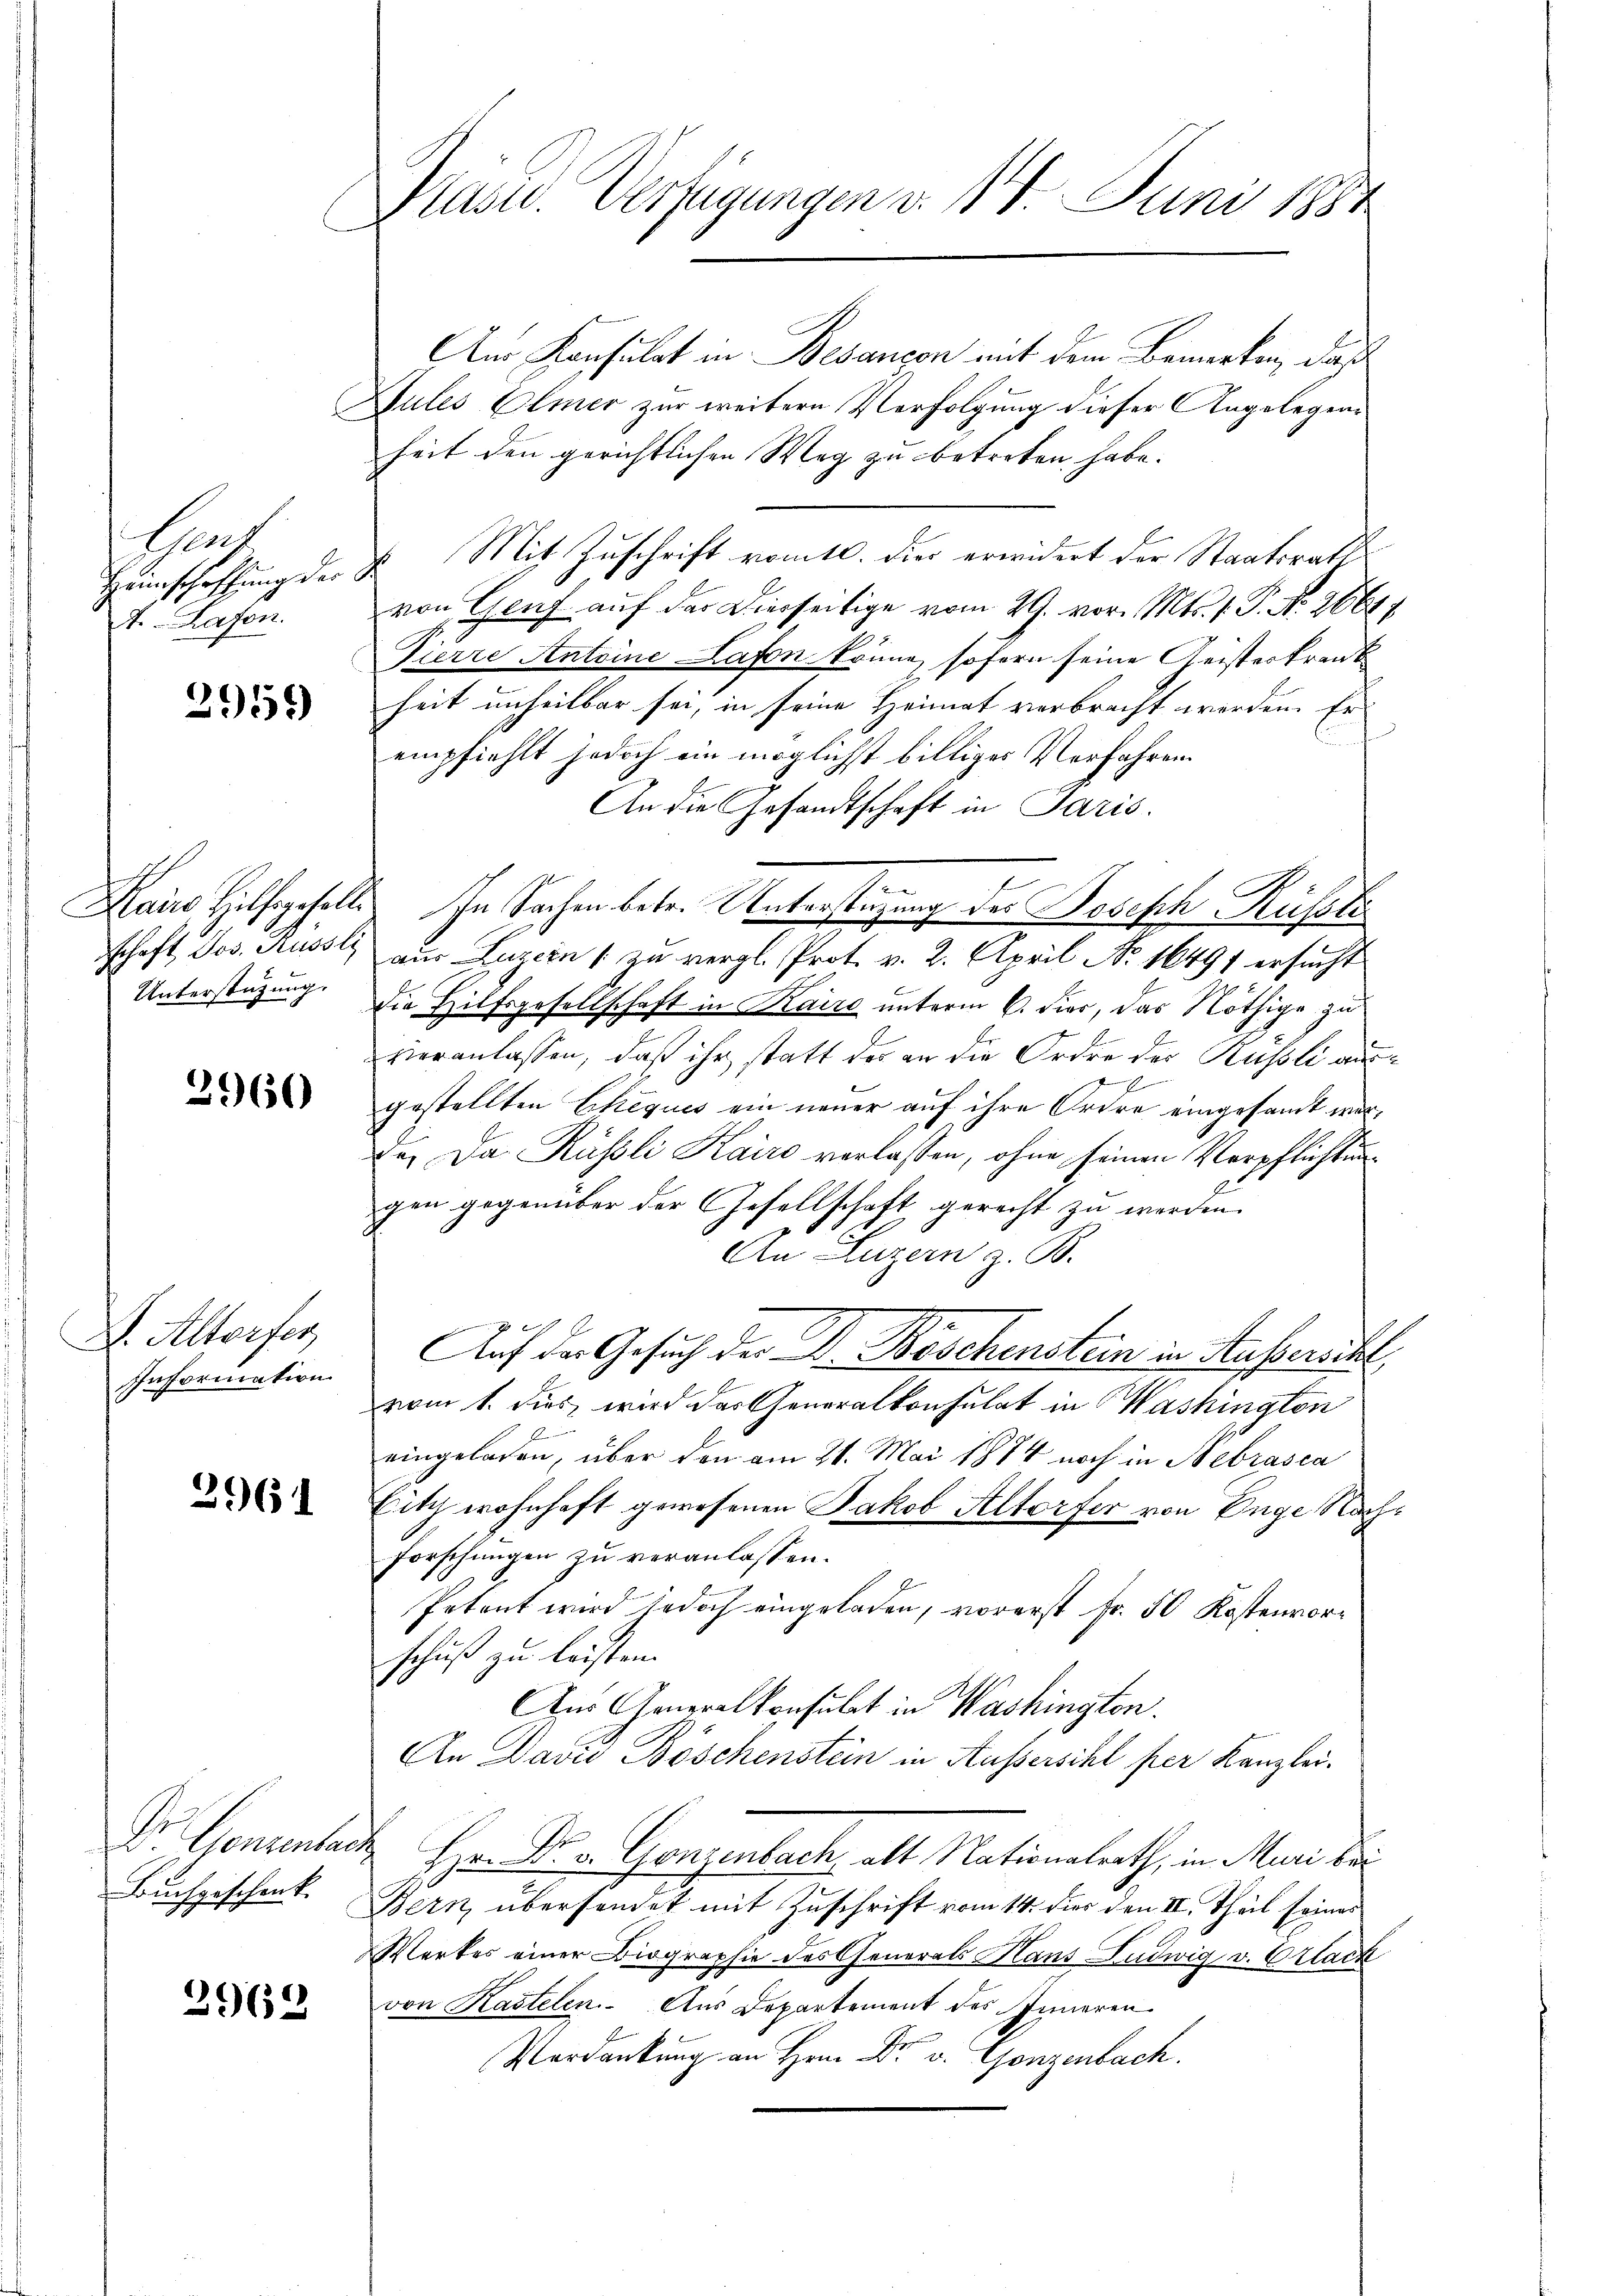
Ehet
. Hafen.

2959)

Unterstützung.

2960

S. Altorfer,
Information

2961

Dr. Gensentar
Buchgeschenk.

2962

Präsid. Verfügungen v. 14. Juni 1884

An Konsulat in Besançon mit dem Bemerken, daß
Gules Elmer zur weitern Verfolgung dieser Angelegens
heit den gerichtlichen Weg zu betreten habe.
Heimschaffung der E. Mit Zuschrift vomtl. dies erwidert der Staatsrath
von Genf auf der Dierseitige vom 29. vor. Mts. 1. P. Nr. 26644
Pierre Antoine Lafen könne, sofern seine Geisteskrank
heit unheilbar sei, in seine Heimat verbracht werden. Er
empfiehlt jedoch ein möglichst billiges Verfahren
An die Gesandtschaft in Paris.
Kairo Hilfsgeselle. In Sachen betr. Unterstüzung des Joseph Rüsste
Schaft Jos. Russl aus Luzern / zu vergl. Prot. v. 2. April No 16491 ersucht
die Hilfsgesellschaft in Kairo unterm 6. der, das Nöthige zu
vieranlassen, daß ihr statt der an die Ordre der Küssli ausgestellten Chiques ein neuer auf ihre Ordre eingesandt werde. Da Küssli Kairo verlassen, ohne seinen Verpflichtungen gegenüber der Gesellschaft gerecht zu werden.
An Luzern z. B.
Auf der Gesuch der Dr. Beschenstein in Ausserschl
vom 1. dies, wird das Generalkonsulat in Washington
eingeladen, über den am 21. Mai 1874 noch in Nebrasca
Citz wohnhaft gewesenen Jakob Altorfer von Enge Nach¬
Forschungen zu veranlassen.
Petent wird jedoch eingeladen, vorerst Fr. 50 Kostenvorschuß zu leisten.
Aus Generalkonsulat in Washingten.
An David Böschenstein in Aussersihl per Kanzlei-
Hr. Dr. v. Gonzenbach, alt Nationalrath, in Muri der
Bern, übersendet mit Zuschrift vom 14. dies den II. Theil seines
Werkes einer Biographie des Generals Hans Ludwig v. Orlack
von Kastelen. Aus Departement des Inneren
Verdankung an Hrn. Dr v. Gonzenbach.